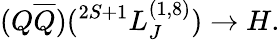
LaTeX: (Q\overline{{{Q}}})(^{2S+1}L_{J}^{(1,8)})\to H.